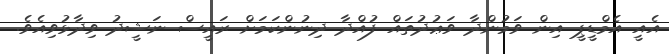
އެއީ އެމްޑީޕީ އިން ވަމުންދާ ވަޢުދުތައް ފުއްދާ ދިނުންކަމަށް ރައީސް ނަޝީދު ވިދާޅުވިއެވެ.